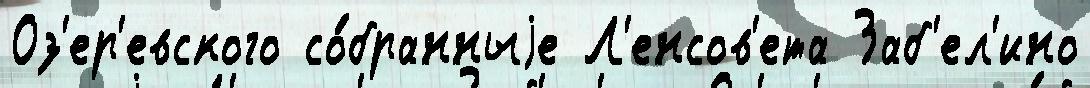
Оз'ер'евского со́бранныjе Л'енсов'ета Заб'ел'ино